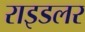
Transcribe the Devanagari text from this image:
राइडलर